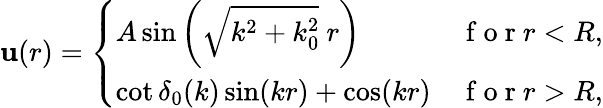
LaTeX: \mathbf{u}(r)=\left\{ \begin{array}{ll}{A\sin\left(\sqrt{k^{2}+k_{0}^{2}}\ r\right)}&{\mathrm{~f~o~r~}r<R,}\\ {\cot\delta_{0}(k)\sin(kr)+\cos(kr)}&{\mathrm{~f~o~r~}r>R,}\end{array}\right.